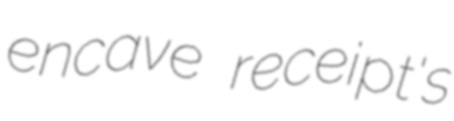
encave receipt's